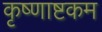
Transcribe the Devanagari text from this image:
कृष्णाष्टकम